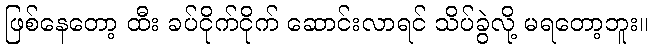
ဖြစ်နေတော့ ထီး ခပ်ငိုက်ငိုက် ဆောင်းလာရင် သိပ်ခွဲလို့ မရတော့ဘူး။